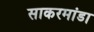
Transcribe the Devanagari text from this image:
साकरमांडा